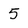
Character: 5